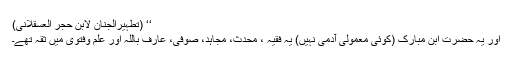
‘‘ (تطہیرالجنان لابن حجر العسقلانیؒ)
اور یہ حضرت ابن مبارکؒ (کوئی معمولی آدمی نہیں) یہ فقیہ ، محدث، مجاہد، صوفی، عارف باللہ اور علم وفتویٰ میں ثقہ تھے۔